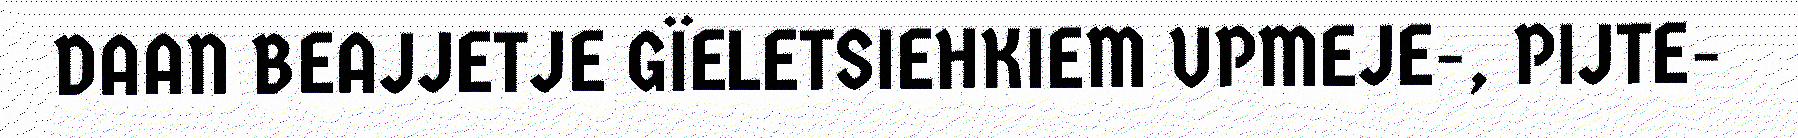
DAAN BEAJJETJE GÏELETSIEHKIEM UPMEJE-, PIJTE-